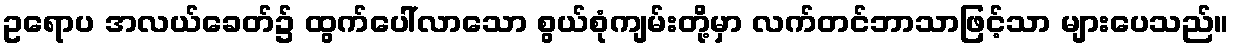
ဥရောပ အလယ်ခေတ်၌ ထွက်ပေါ်လာသော စွယ်စုံကျမ်းတို့မှာ လက်တင်ဘာသာဖြင့်သာ များပေသည်။